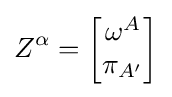
Z^{\alpha }={\begin{bmatrix}\omega ^{A}\\\pi _{A'}\end{bmatrix}}